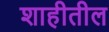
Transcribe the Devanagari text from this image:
शाहीतील